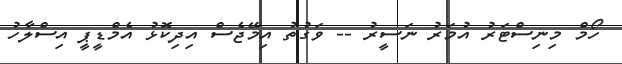
ހޯމް މިނިސްޓަރު އުމަރު ނަސީރު -- ވަގުތު އިމޭޖެސް އިދިކޮޅު އެމްޑީޕީ އިސްލާހު